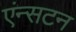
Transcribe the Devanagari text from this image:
एंन्सटन